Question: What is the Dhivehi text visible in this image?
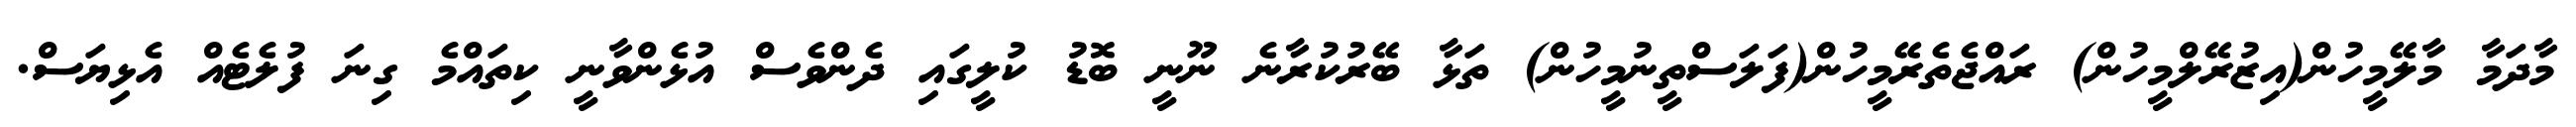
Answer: މާދަމާ މާލޭމީހުން(އިޒުރޭލްމީހުން) ރައްޖެތެރޭމީހުން(ފަލަސްތީނުމީހުން) ތަޅާ ބޭރުކުރާނެ ނޫނީ ބޮޑު ކުލީގައި ދެންވެސް އުޅެންވާނީ ކިތައްމެ ގިނަ ފުލެޓެއް އެޅިޔަސް.